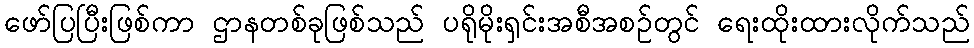
ဖော်ပြပြီးဖြစ်ကာ ဌာနတစ်ခုဖြစ်သည် ပရိုမိုးရှင်းအစီအစဉ်တွင် ရေးထိုးထားလိုက်သည်